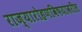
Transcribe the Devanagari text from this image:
राज्यारोहणविषयावरील